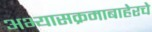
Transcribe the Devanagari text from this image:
अभ्यासक्रमाबाहेरचे